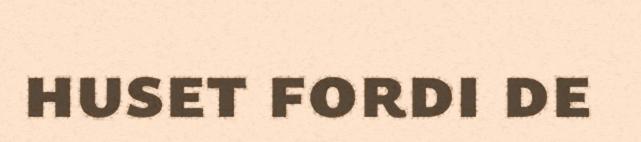
huset fordi de